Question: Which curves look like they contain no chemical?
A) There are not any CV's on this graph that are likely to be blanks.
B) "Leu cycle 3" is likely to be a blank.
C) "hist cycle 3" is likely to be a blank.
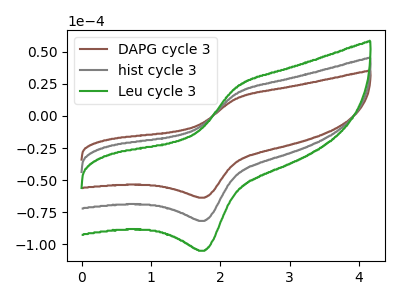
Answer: <think>The brown curve "DAPG cycle 3" has an anodic peak at (2.20V, 13.40uA) and a cathodic peak at (1.75V, -63.70uA). The gray curve "hist cycle 3" has an anodic peak at (2.20V, 17.25uA) and a cathodic peak at (1.75V, -81.85uA). The green curve "Leu cycle 3" has an anodic peak at (2.20V, 34.45uA) and a cathodic peak at (1.75V, -163.65uA).</think>
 <answer>A) There are not any CV's on this graph that are likely to be blanks.</answer>
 <eval>A</eval>